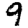
Digit: 9